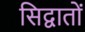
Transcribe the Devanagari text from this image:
सिद्वातों